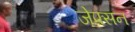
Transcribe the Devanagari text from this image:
जेफ्सन